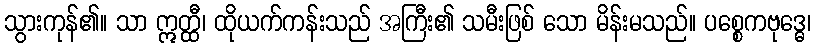
သွားကုန်၏။ သာ ဣတ္ထီ၊ ထိုယက်ကန်းသည် အကြီး၏ သမီးဖြစ် သော မိန်းမသည်။ ပစ္စေကဗုဒ္ဓေ၊